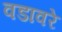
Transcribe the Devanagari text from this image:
वडावरे